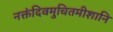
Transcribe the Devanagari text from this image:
नक्तंदिवमुचितमीशानि